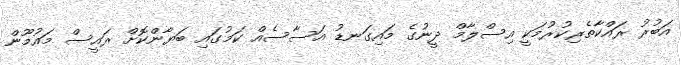
އަބުރު ރައްކާތެރިކުރުމަކީ އިސްލާމް ދީނުގެ މައިގަނޑު އަސާސެއް ކަމުގައި ބަޔާންކޮށް ރައީސް މައުމޫން